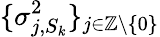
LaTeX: \{ \sigma_{j,S_{k}}^{2}\} _{j\in\mathbb{Z}\backslash\{ 0\} }